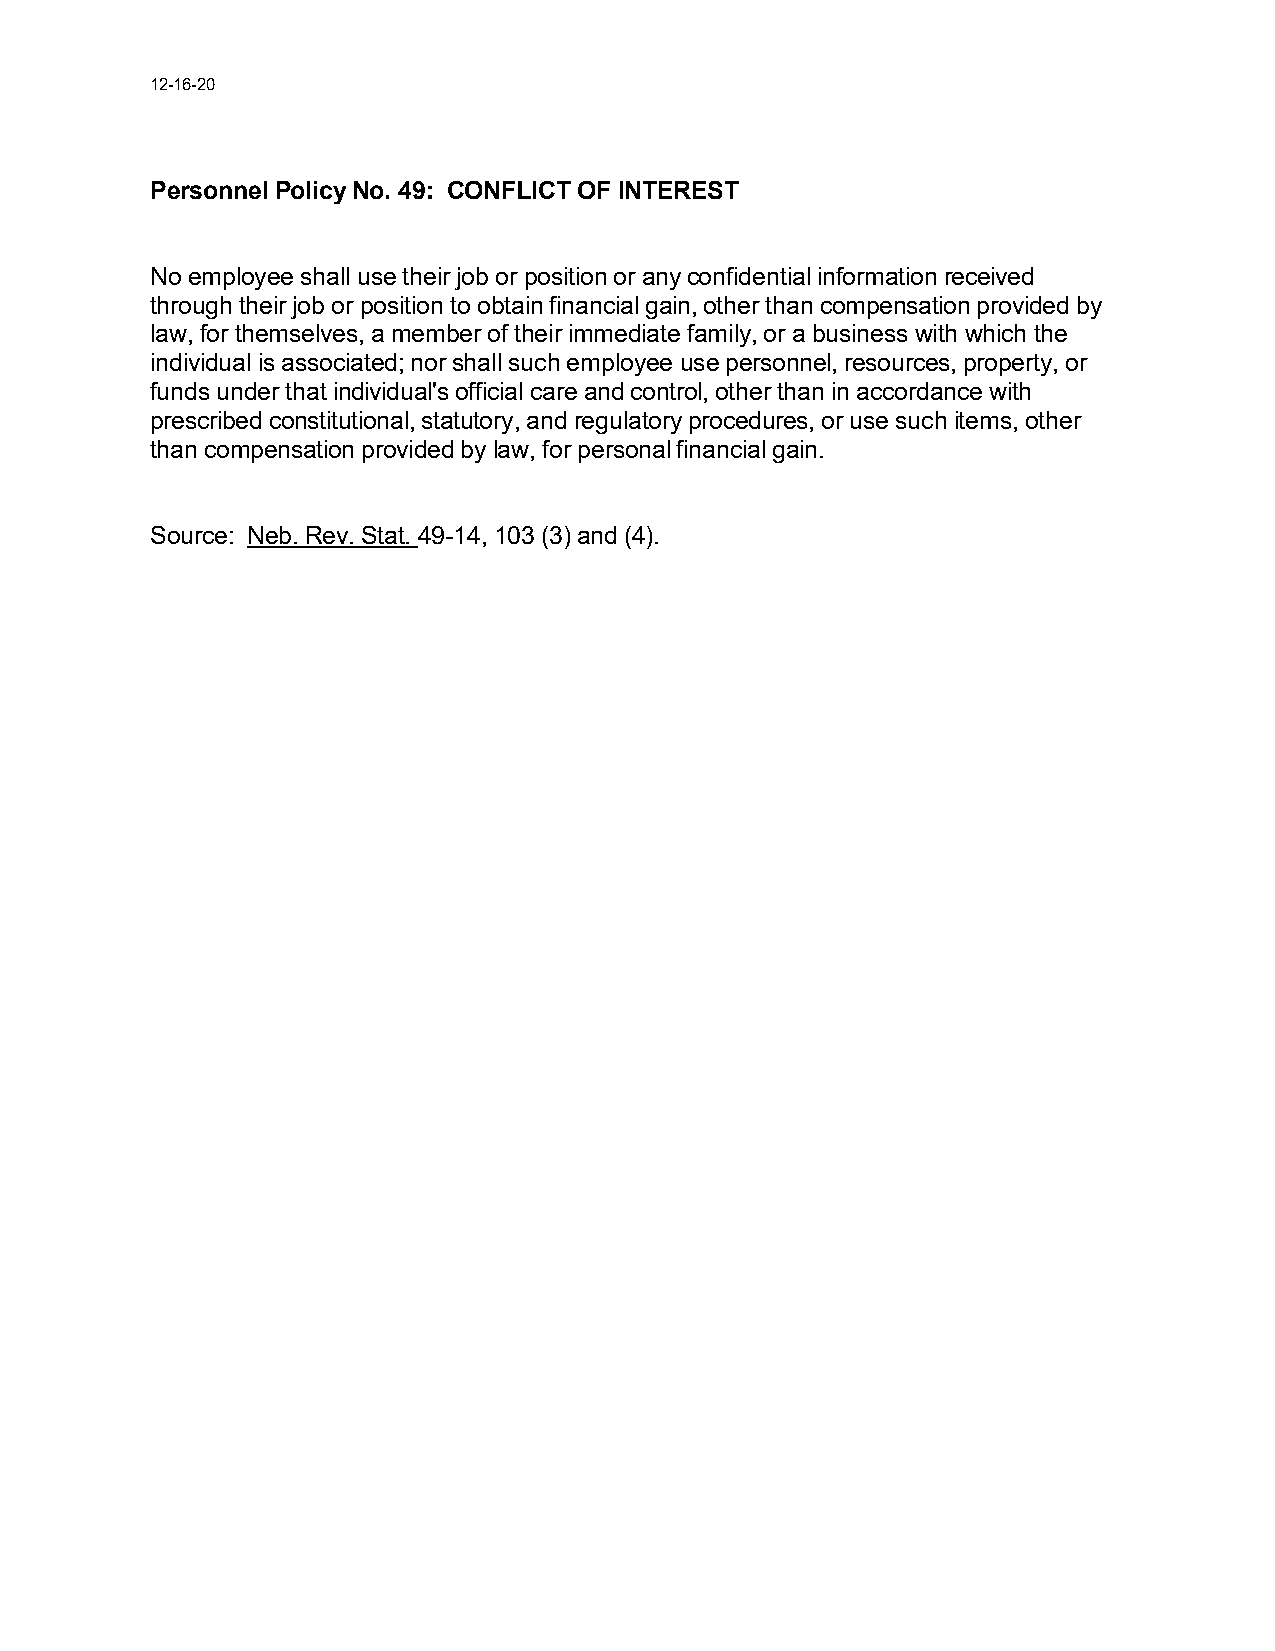
12-16-20
 Personnel Policy No. 49: CONFLICT OF INTEREST
 No employee shall use their job or position or any confidential information received
 through their job or position to obtain financial gain, other than compensation provided by
 law, for themselves, a member of their immediate family, or a business with which the
 individual is associated; nor shall such employee use personnel, resources, property, or
 funds under that individual's official care and control, other than in accordance with
 prescribed constitutional, statutory, and regulatory procedures, or use such items, other
 than compensation provided by law, for personal financial gain.
 Source: Neb. Rev. Stat. 49-14, 103 (3) and (4).